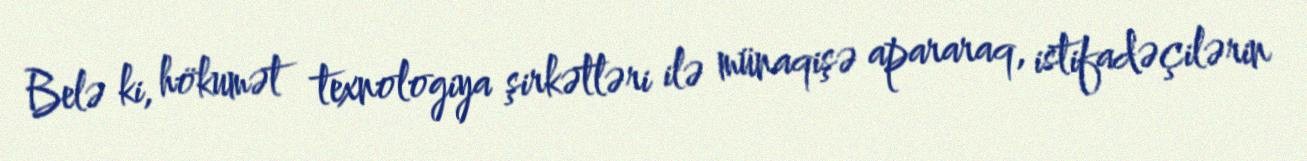
Belə ki, hökumət texnologiya şirkətləri ilə münaqişə apararaq, istifadəçilərin